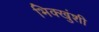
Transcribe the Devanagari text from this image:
भिक्खुंशी